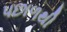
પછાળથી